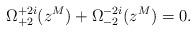
LaTeX: \begin{align*}\Omega^{+2i}_{+2}(z^M)+\Omega^{-2i}_{-2}(z^M)=0.\end{align*}